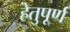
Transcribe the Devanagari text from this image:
हेतुपूर्ण